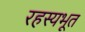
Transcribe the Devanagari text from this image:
रहस्यभूत